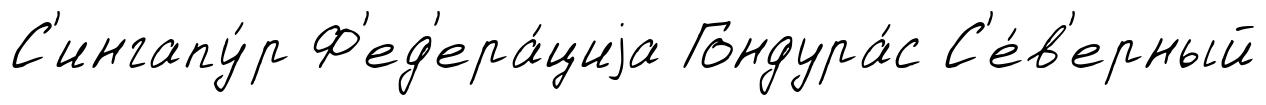
С'ингапу́р Ф'ед'ера́циjа Гондура́с С'е́в'ерный